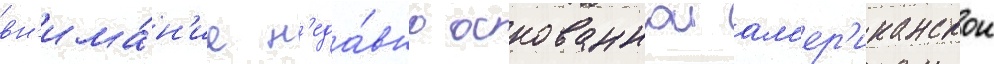
вн'има́н'ие н'еда́вно основаннои ам'ер'иканскои